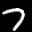
Label: 7